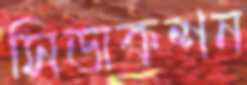
সিডাকশন